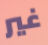
غير